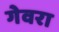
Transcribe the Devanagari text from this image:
गेवरा